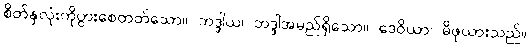
စိတ်နှလုံးကိုပွားစေတတ်သော။ ဘဒ္ဒါယ၊ ဘဒ္ဒါအမည်ရှိသော။ ဒေဝိယာ၊ မိဖုယားသည်။